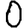
Digit: 0